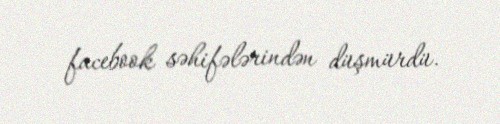
facebook səhifələrindən düşmürdü.